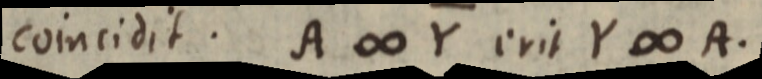
coincidit. A ∞ Y erit Y ∞ A.